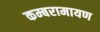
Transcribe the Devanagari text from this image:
कम्बरामायण